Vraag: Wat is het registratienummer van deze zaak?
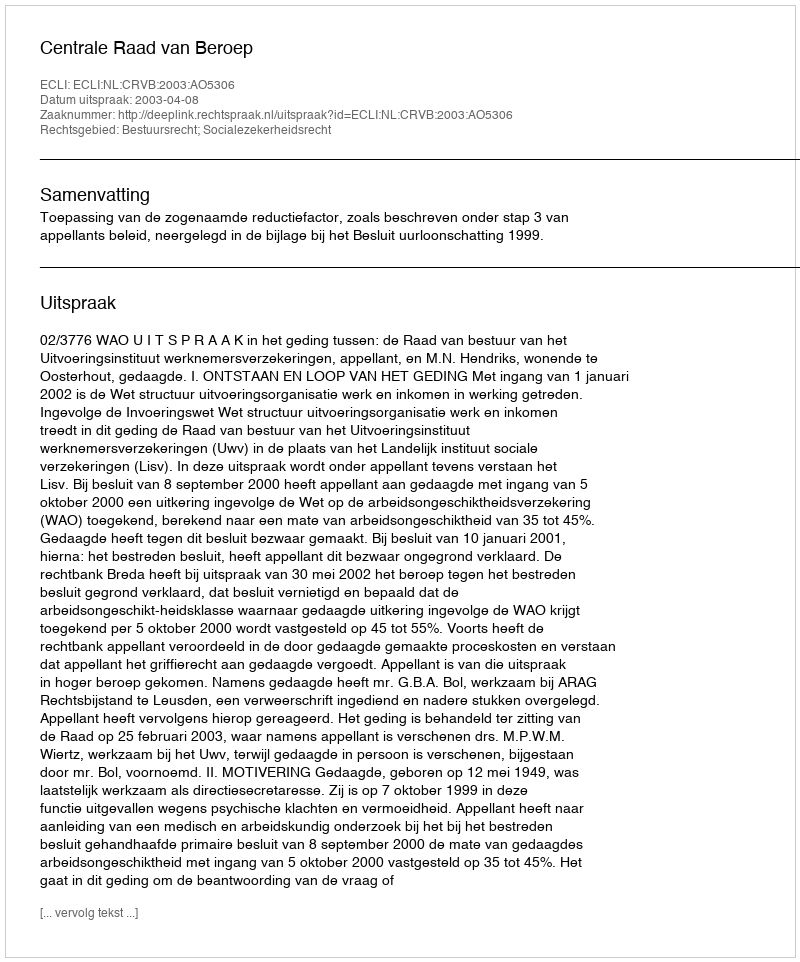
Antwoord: http://deeplink.rechtspraak.nl/uitspraak?id=ECLI:NL:CRVB:2003:AO5306